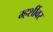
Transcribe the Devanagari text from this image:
म्हशींवर